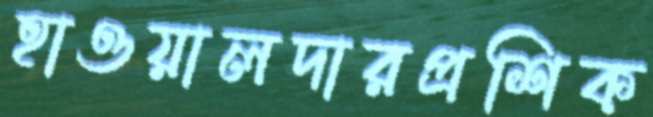
হাওয়ালদারপ্রশিক